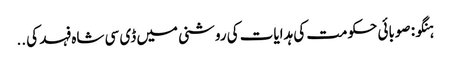
ہنگو: صوبائی حکومت کی ہدایات کی روشنی میں ڈی سی شاہ فہد کی ..